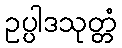
ဥပ္ပါဒသုတ္တံ